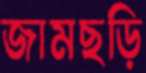
জামছড়ি